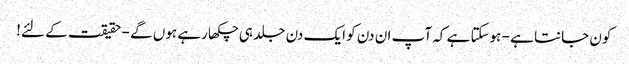
کون جانتا ہے - ہوسکتا ہے کہ آپ ان دن کو ایک دن جلد ہی چکھا رہے ہوں گے - حقیقت کے لئے!